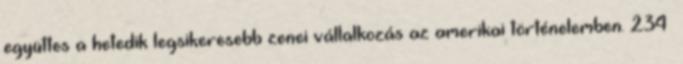
együttes a hetedik legsikeresebb zenei vállalkozás az amerikai történelemben. 234